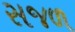
સજળ